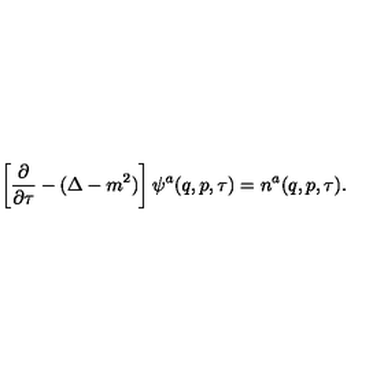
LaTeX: \left[ \frac { \partial } { \partial \tau } - ( \Delta - m ^ { 2 } ) \right] \psi ^ { a } ( q , p , \tau ) = n ^ { a } ( q , p , \tau ) .